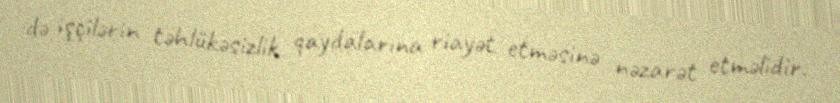
də işçilərin təhlükəsizlik qaydalarına riayət etməsinə nəzarət etməlidir.